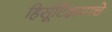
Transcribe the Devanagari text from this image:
हिर्सूटिझमाचे